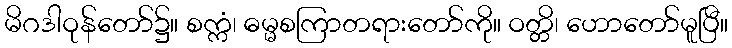
မိဂဒါဝုန်တော်၌။ စက္ကံ၊ ဓမ္မစကြာတရားတော်ကို။ ဝတ္တိ၊ ဟောတော်မူပြီ။